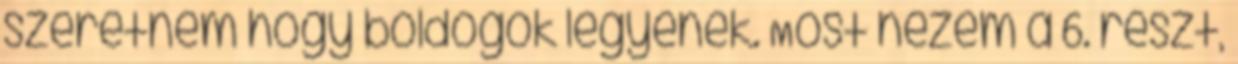
szeretném hogy boldogok legyenek. Most nézem a 6. részt,